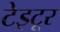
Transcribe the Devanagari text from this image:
टेइटूर